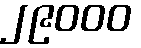
၂၉၀၀၀